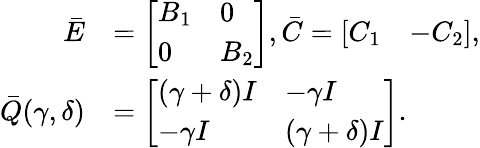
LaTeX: \begin{array}{rl}{\bar{E}}&{=\left[\begin{array}{ll}{B_{1}}&{0}\\ {0}&{B_{2}}\end{array}\right],\bar{C}=\left[\begin{array}{ll}{C_{1}}&{-C_{2}}\end{array}\right],}\\ {\bar{Q}(\gamma,\delta)}&{=\left[\begin{array}{ll}{(\gamma+\delta)I}&{-\gamma I}\\ {-\gamma I}&{(\gamma+\delta)I}\end{array}\right].}\end{array}